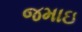
જમાઇ